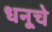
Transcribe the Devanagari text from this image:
धनूचे